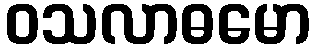
ဝသလာဓမော